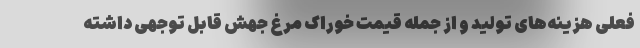
فعلی هزینه‌های تولید و از جمله قیمت خوراک مرغ جهش قابل توجهی داشته